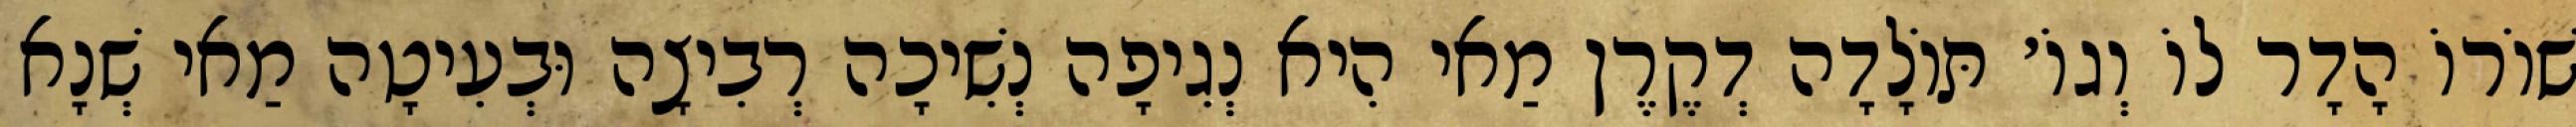
שׁוֹרוֹ הָדָר לוֹ וְגוֹ׳ תּוֹלָדָה דְקֶרֶן מַאי הִיא נְגִיפָה נְשִׁיכָה רְבִיצָה וּבְעִיטָה מַאי שְׁנָא